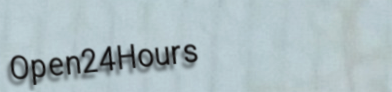
Open24Hours